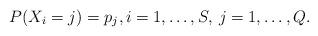
LaTeX: \begin{align*}P(X_i = j) = p_j, i = 1, \ldots, S, \: j = 1, \ldots, Q.\end{align*}